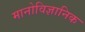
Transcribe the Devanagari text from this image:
मानोविज्ञानिक